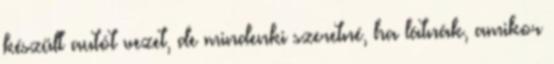
készült autót vezet, de mindenki szeretné, ha látnák, amikor